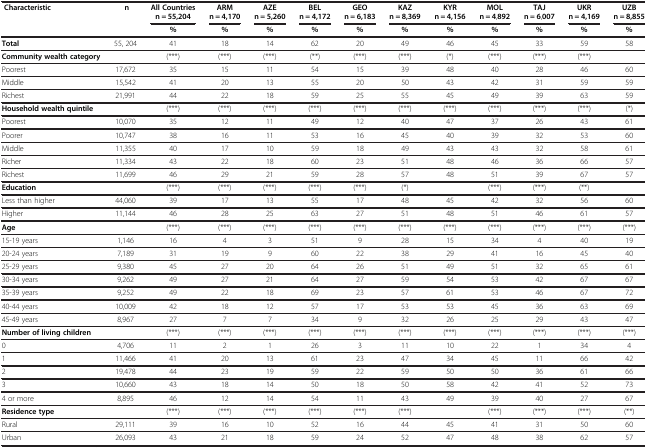
<table><thead><tr><td><b> Characteristic</b></td><td><b> n</b></td><td><b>All Countries n = 55,204</b></td><td><b>ARM n = 4,170</b></td><td><b>AZE n = 5,260</b></td><td><b>BEL n = 4,172</b></td><td><b>GEO n = 6,183</b></td><td><b>KAZ n = 8,369</b></td><td><b>KYR n = 4,156</b></td><td><b>MOL n = 4,892</b></td><td><b>TAJ n = 6,007</b></td><td><b>UKR n = 4,169</b></td><td><b>UZB n = 8,855</b></td></tr></thead><tbody><tr><td> </td><td> </td><td><b>%</b></td><td><b>%</b></td><td><b>%</b></td><td><b>%</b></td><td><b>%</b></td><td><b>%</b></td><td><b>%</b></td><td><b>%</b></td><td><b>%</b></td><td><b>%</b></td><td><b>%</b></td></tr><tr><td><b>Total</b></td><td>55, 204</td><td>41</td><td>18</td><td>14</td><td>62</td><td>20</td><td>49</td><td>46</td><td>45</td><td>33</td><td>59</td><td>58</td></tr><tr><td><b>Community wealth category</b></td><td> </td><td>(***)</td><td>(***)</td><td>(***)</td><td>(**)</td><td>(***)</td><td>(***)</td><td>(*)</td><td>(***)</td><td>(***)</td><td>(***)</td><td> </td></tr><tr><td>Poorest</td><td>17,672</td><td>35</td><td>15</td><td>11</td><td>54</td><td>15</td><td>39</td><td>48</td><td>40</td><td>28</td><td>46</td><td>60</td></tr><tr><td>Middle</td><td>15,542</td><td>41</td><td>20</td><td>13</td><td>55</td><td>20</td><td>50</td><td>43</td><td>42</td><td>31</td><td>59</td><td>59</td></tr><tr><td>Richest</td><td>21,991</td><td>44</td><td>22</td><td>18</td><td>59</td><td>25</td><td>55</td><td>45</td><td>49</td><td>39</td><td>63</td><td>59</td></tr><tr><td><b>Household wealth quintile</b></td><td> </td><td>(***)</td><td>(***)</td><td>(***)</td><td>(***)</td><td>(***)</td><td>(***)</td><td>(***)</td><td>(***)</td><td>(***)</td><td>(***)</td><td>(*)</td></tr><tr><td>Poorest</td><td>10,070</td><td>35</td><td>12</td><td>11</td><td>49</td><td>12</td><td>40</td><td>47</td><td>37</td><td>26</td><td>43</td><td>61</td></tr><tr><td>Poorer</td><td>10,747</td><td>38</td><td>16</td><td>11</td><td>53</td><td>16</td><td>45</td><td>40</td><td>39</td><td>32</td><td>53</td><td>60</td></tr><tr><td>Middle</td><td>11,355</td><td>40</td><td>17</td><td>10</td><td>59</td><td>18</td><td>49</td><td>43</td><td>43</td><td>32</td><td>58</td><td>61</td></tr><tr><td>Richer</td><td>11,334</td><td>43</td><td>22</td><td>18</td><td>60</td><td>23</td><td>51</td><td>48</td><td>46</td><td>36</td><td>66</td><td>57</td></tr><tr><td>Richest</td><td>11,699</td><td>46</td><td>29</td><td>21</td><td>59</td><td>28</td><td>57</td><td>48</td><td>51</td><td>39</td><td>67</td><td>57</td></tr><tr><td><b>Education</b></td><td> </td><td>(***)</td><td>(***)</td><td>(***)</td><td>(***)</td><td>(***)</td><td>(*)</td><td> </td><td>(***)</td><td>(***)</td><td>(**)</td><td> </td></tr><tr><td>Less than higher</td><td>44,060</td><td>39</td><td>17</td><td>13</td><td>55</td><td>17</td><td>48</td><td>45</td><td>42</td><td>32</td><td>56</td><td>60</td></tr><tr><td>Higher</td><td>11,144</td><td>46</td><td>28</td><td>25</td><td>63</td><td>27</td><td>51</td><td>48</td><td>51</td><td>46</td><td>61</td><td>57</td></tr><tr><td><b>Age</b></td><td> </td><td>(***)</td><td>(***)</td><td>(***)</td><td>(***)</td><td>(***)</td><td>(***)</td><td>(***)</td><td>(***)</td><td>(***)</td><td>(***)</td><td>(***)</td></tr><tr><td>15-19 years</td><td>1,146</td><td>16</td><td>4</td><td>3</td><td>51</td><td>9</td><td>28</td><td>15</td><td>34</td><td>4</td><td>40</td><td>19</td></tr><tr><td>20-24 years</td><td>7,189</td><td>31</td><td>19</td><td>9</td><td>60</td><td>22</td><td>38</td><td>29</td><td>41</td><td>16</td><td>45</td><td>40</td></tr><tr><td>25-29 years</td><td>9,380</td><td>45</td><td>27</td><td>20</td><td>64</td><td>26</td><td>51</td><td>49</td><td>51</td><td>32</td><td>65</td><td>61</td></tr><tr><td>30-34 years</td><td>9,262</td><td>49</td><td>27</td><td>21</td><td>64</td><td>27</td><td>59</td><td>54</td><td>53</td><td>42</td><td>67</td><td>67</td></tr><tr><td>35-39 years</td><td>9,252</td><td>49</td><td>22</td><td>18</td><td>69</td><td>23</td><td>57</td><td>61</td><td>53</td><td>46</td><td>67</td><td>72</td></tr><tr><td>40-44 years</td><td>10,009</td><td>42</td><td>18</td><td>12</td><td>57</td><td>17</td><td>53</td><td>53</td><td>45</td><td>36</td><td>63</td><td>69</td></tr><tr><td>45-49 years</td><td>8,967</td><td>27</td><td>7</td><td>7</td><td>34</td><td>9</td><td>32</td><td>26</td><td>25</td><td>29</td><td>43</td><td>47</td></tr><tr><td><b>Number of living children</b></td><td> </td><td>(***)</td><td>(***)</td><td>(***)</td><td>(***)</td><td>(***)</td><td>(***)</td><td>(***)</td><td>(***)</td><td>(***)</td><td>(***)</td><td>(***)</td></tr><tr><td>0</td><td>4,706</td><td>11</td><td>2</td><td>1</td><td>26</td><td>3</td><td>11</td><td>10</td><td>22</td><td>1</td><td>34</td><td>4</td></tr><tr><td>1</td><td>11,466</td><td>41</td><td>20</td><td>13</td><td>61</td><td>23</td><td>47</td><td>34</td><td>45</td><td>11</td><td>66</td><td>42</td></tr><tr><td>2</td><td>19,478</td><td>44</td><td>23</td><td>19</td><td>59</td><td>22</td><td>59</td><td>50</td><td>50</td><td>36</td><td>61</td><td>66</td></tr><tr><td>3</td><td>10,660</td><td>43</td><td>18</td><td>14</td><td>50</td><td>18</td><td>50</td><td>58</td><td>42</td><td>41</td><td>52</td><td>73</td></tr><tr><td>4 or more</td><td>8,895</td><td>46</td><td>12</td><td>14</td><td>54</td><td>11</td><td>43</td><td>49</td><td>39</td><td>40</td><td>27</td><td>67</td></tr><tr><td><b>Residence type</b></td><td> </td><td>(***)</td><td>(***)</td><td>(***)</td><td>(***)</td><td>(***)</td><td>(***)</td><td> </td><td>(***)</td><td>(***)</td><td>(***)</td><td>(**)</td></tr><tr><td>Rural</td><td>29,111</td><td>39</td><td>16</td><td>10</td><td>52</td><td>16</td><td>44</td><td>45</td><td>41</td><td>31</td><td>50</td><td>60</td></tr><tr><td>Urban</td><td>26,093</td><td>43</td><td>21</td><td>18</td><td>59</td><td>24</td><td>52</td><td>47</td><td>48</td><td>38</td><td>62</td><td>57</td></tr></tbody></table>